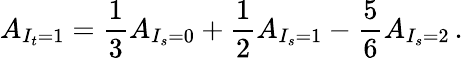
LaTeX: A_{I_{t}=1}={\frac{1}{3}}A_{I_{s}=0}+{\frac{1}{2}}A_{I_{s}=1}-{\frac{5}{6}}A_{I_{s}=2}\, .